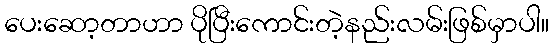
ပေးဆော့တာဟာ ပိုပြီးကောင်းတဲ့နည်းလမ်းဖြစ်မှာပါ။